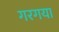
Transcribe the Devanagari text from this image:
गरगया